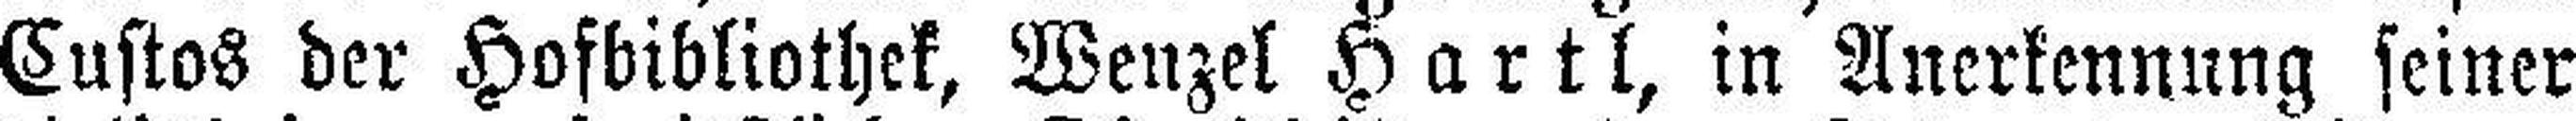
Custos der Hofbibliothek, Wenzel Hartl, in Anerkennung seiner